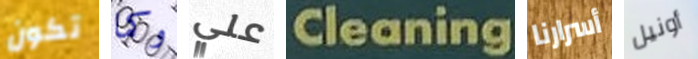
تكون وكما علي Cleaning أسرارنا أونيل